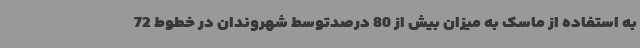
به استفاده از ماسک به میزان بیش از 80 درصدتوسط شهروندان در خطوط 72